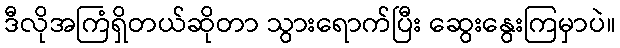
ဒီလိုအကြံရှိတယ်ဆိုတာ သွားရောက်ပြီး ဆွေးနွေးကြမှာပဲ။